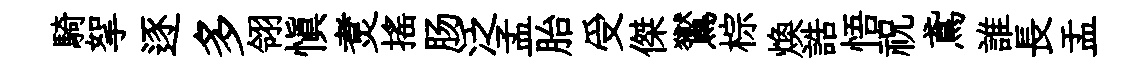
騎挐逐多翎慎煑搖肠泛孟胎受傑鸑棕焕誥悟祝鳶誰長盂